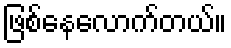
ဖြစ်နေလောက်တယ်။